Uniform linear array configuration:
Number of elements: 24
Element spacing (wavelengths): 0.25
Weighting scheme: hann
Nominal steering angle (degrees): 0
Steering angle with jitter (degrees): -1.705
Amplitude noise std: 0.05
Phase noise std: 0.05

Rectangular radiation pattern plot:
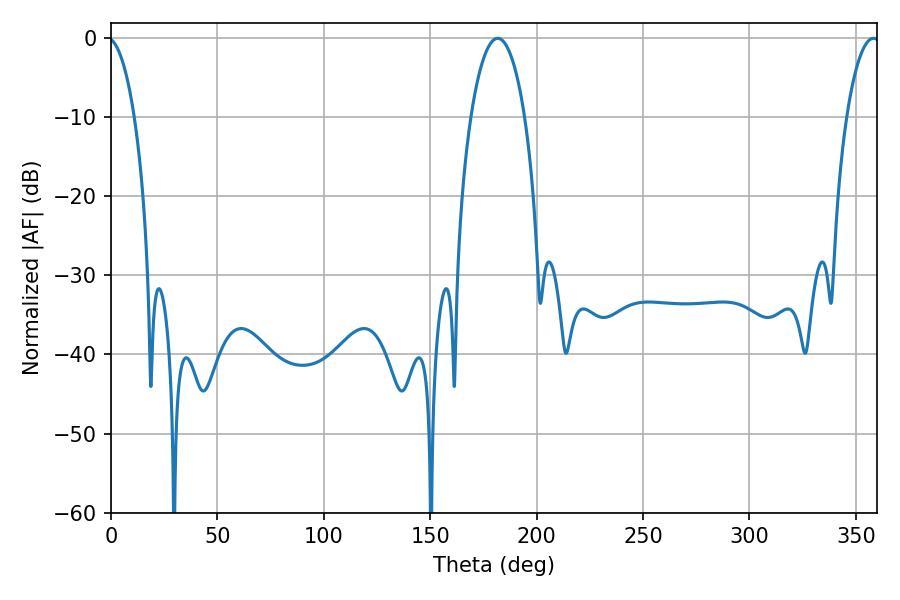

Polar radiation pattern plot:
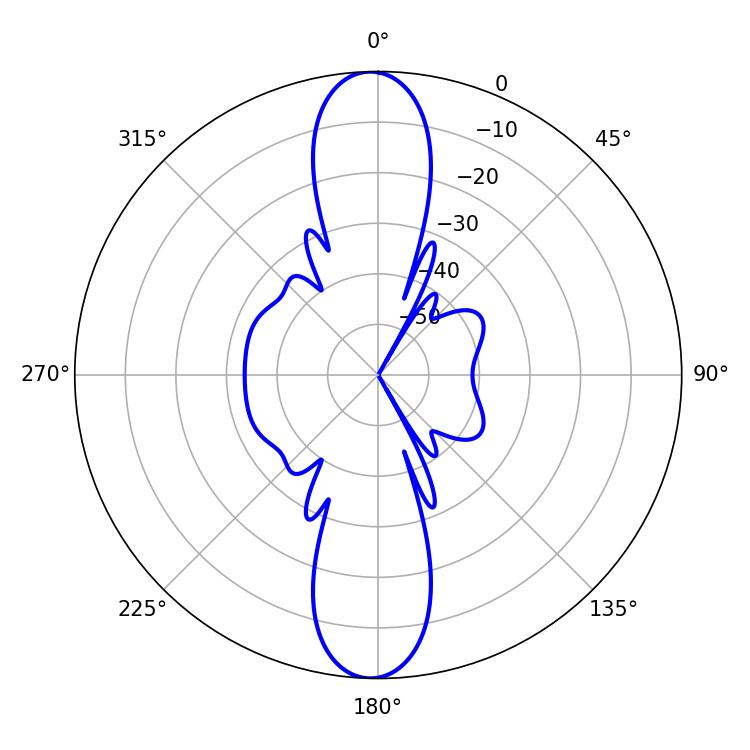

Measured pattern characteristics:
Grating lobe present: FALSE
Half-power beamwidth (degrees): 14.22
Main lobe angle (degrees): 181.62